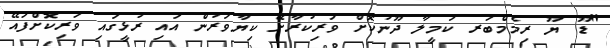
"ޑޫ ޔޫ ރިމެމްބަރ ކަމީލާ ދޫނުކޮށް ވަރިކުރާށޭ ކިޔާވަރުން އައި ރުޅީގައި ވަރިކޮށްފައޭ